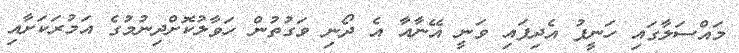
މައްސަލާގައި ހަނީފު އެދިފައި ވަނީ އޭނާއާ އެ ދޯނި ވަގުތުން ހަވާލުކޮށްދިނުމުގެ އަމުރަކަށާއި